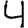
Digit: 4